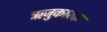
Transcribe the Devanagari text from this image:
ऋजुकारक